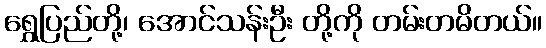
ရွှေပြည်တို့၊ အောင်သန်းဦး တို့ကို တမ်းတမိတယ်။